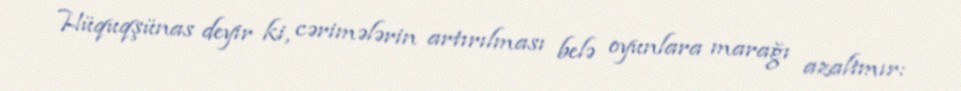
Hüquqşünas deyir ki, cərimələrin artırılması belə oyunlara marağı azaltmır: